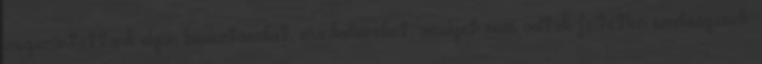
megszűntettünk olyan beosztásokat, munkaköröket, amelyek nem voltak feltétlen szükségesek.